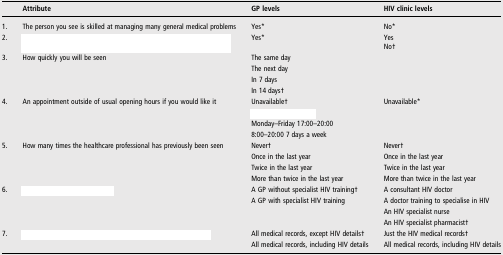
<table><thead><tr><td>[EMPTY_CELL]</td><td><b>Attribute</b></td><td><b>GP levels</b></td><td><b>HIV clinic levels</b></td></tr></thead><tbody><tr><td>1.</td><td>The person you see is skilled at managing many general medical problems</td><td>Yes*</td><td>No*</td></tr><tr><td>2.</td><td>[EMPTY_CELL]</td><td>Yes*</td><td>YesNo†</td></tr><tr><td>3.</td><td>How quickly you will be seen</td><td>The same day</td><td>[EMPTY_CELL]</td></tr><tr><td>[EMPTY_CELL]</td><td>[EMPTY_CELL]</td><td>The next day</td><td>[EMPTY_CELL]</td></tr><tr><td>[EMPTY_CELL]</td><td>[EMPTY_CELL]</td><td>In 7 days</td><td>[EMPTY_CELL]</td></tr><tr><td>[EMPTY_CELL]</td><td>[EMPTY_CELL]</td><td>In 14 days†</td><td>[EMPTY_CELL]</td></tr><tr><td>4.</td><td rowspan="2">An appointment outside of usual opening hours if you would like it</td><td>Unavailable†</td><td>Unavailable*</td></tr><tr><td>[EMPTY_CELL]</td><td>[EMPTY_CELL]</td><td>[EMPTY_CELL]</td></tr><tr><td>[EMPTY_CELL]</td><td>[EMPTY_CELL]</td><td>Monday–Friday 17:00–20:00</td><td>[EMPTY_CELL]</td></tr><tr><td>[EMPTY_CELL]</td><td>[EMPTY_CELL]</td><td>8:00–20:00 7 days a week</td><td>[EMPTY_CELL]</td></tr><tr><td>5.</td><td rowspan="2">How many times the healthcare professional has previously been seen</td><td>Never†</td><td>Never†</td></tr><tr><td>[EMPTY_CELL]</td><td>Once in the last year</td><td>Once in the last year</td></tr><tr><td>[EMPTY_CELL]</td><td>[EMPTY_CELL]</td><td>Twice in the last year</td><td>Twice in the last year</td></tr><tr><td>[EMPTY_CELL]</td><td>[EMPTY_CELL]</td><td>More than twice in the last year</td><td>More than twice in the last year</td></tr><tr><td>6.</td><td>[EMPTY_CELL]</td><td>A GP without specialist HIV training†</td><td>A consultant HIV doctor</td></tr><tr><td>[EMPTY_CELL]</td><td>[EMPTY_CELL]</td><td>A GP with specialist HIV training</td><td>A doctor training to specialise in HIV</td></tr><tr><td>[EMPTY_CELL]</td><td>[EMPTY_CELL]</td><td>[EMPTY_CELL]</td><td>An HIV specialist nurse</td></tr><tr><td>[EMPTY_CELL]</td><td>[EMPTY_CELL]</td><td>[EMPTY_CELL]</td><td>An HIV specialist pharmacist†</td></tr><tr><td>7.</td><td>[EMPTY_CELL]</td><td>All medical records, except HIV details†</td><td>Just the HIV medical records†</td></tr><tr><td>[EMPTY_CELL]</td><td>[EMPTY_CELL]</td><td>All medical records, including HIV details</td><td>All medical records, including HIV details</td></tr></tbody></table>